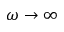
\omega \rightarrow \infty